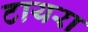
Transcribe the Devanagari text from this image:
टायरा